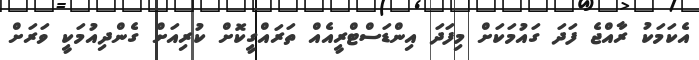
އެކަމަކު ރާއްޖެ ފަދަ ގައުމަކަށް މިފަދަ އިންޑަސްޓްރީއެއް ތަރައްގީކޮށް ކުރިއަށް ގެންދިއުމަކީ ވަރަށް